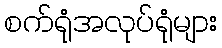
စက်ရုံအလုပ်ရုံများ